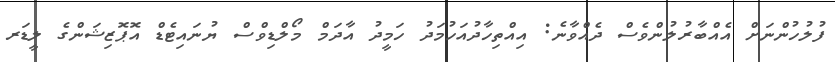
ފުލުހުންނަށް އެއްބާރުލުންވެސް ދެއްވާނެ: އިއްތިހާދުއަހުމަދު ހަމީދު އާދަމް މޯލްޑިވްސް ޔުނައިޓެޑް އޮޕޮޒިޝަންގެ ލީޑަރ